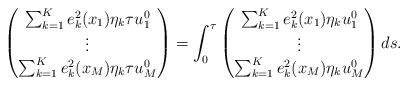
LaTeX: \begin{align*}\begin{pmatrix}\sum_{k=1}^Ke_k^2(x_1)\eta_k\tau u_1^0\\\vdots\\\sum_{k=1}^Ke_k^2(x_M)\eta_k\tau u_M^0\end{pmatrix}=\int_0^\tau\begin{pmatrix}\sum_{k=1}^Ke_k^2(x_1)\eta_ku_1^0\\\vdots\\\sum_{k=1}^Ke_k^2(x_M)\eta_ku_M^0\end{pmatrix}ds.\end{align*}